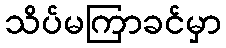
သိပ်မကြာခင်မှာ